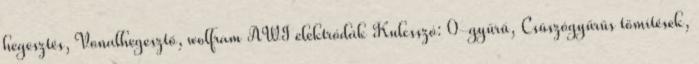
hegesztés, Vonalhegesztő, wolfram AWI elektródák Kulcsszó: 0-gyűrű, Csúszógyűrűs tömítések,